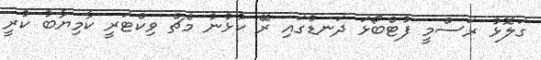
ގަލޮޅު ރަސްމީ ފުޓްބޯޅަ ދަނޑުގައި ރޭ ކުޅުނު މެޗް ވިކްޓަރީ ކާމިޔާބު ކުރީ